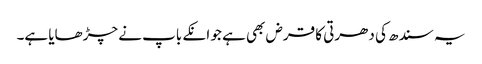
یہ سندھ کی دھرتی کا قرض بھی ہے جو انکے باپ نے چڑھایا ہے۔